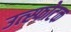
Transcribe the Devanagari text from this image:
उत्स्फोटक